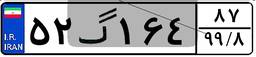
۵۲گ۱۶۴۸۷